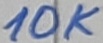
Text: 10K